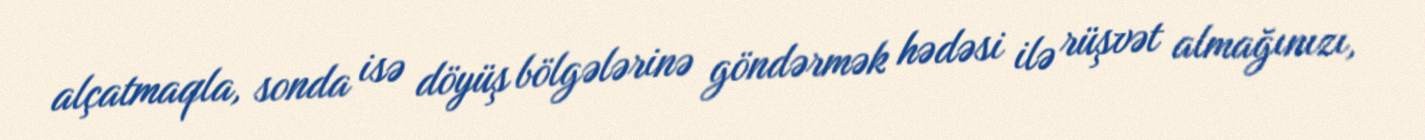
alçatmaqla, sonda isə döyüş bölgələrinə göndərmək hədəsi ilə rüşvət almağınızı,